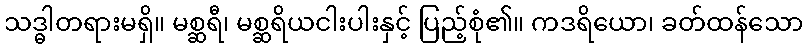
သဒ္ဓါတရားမရှိ။ မစ္ဆရီ၊ မစ္ဆရိယငါးပါးနှင့် ပြည့်စုံ၏။ ကဒရိယော၊ ခတ်ထန်သော